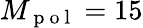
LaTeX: M_{\mathrm{~p~o~l~}}=15